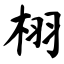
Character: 栩